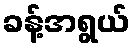
ခန့်အရွယ်